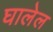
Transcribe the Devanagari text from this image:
घालेल